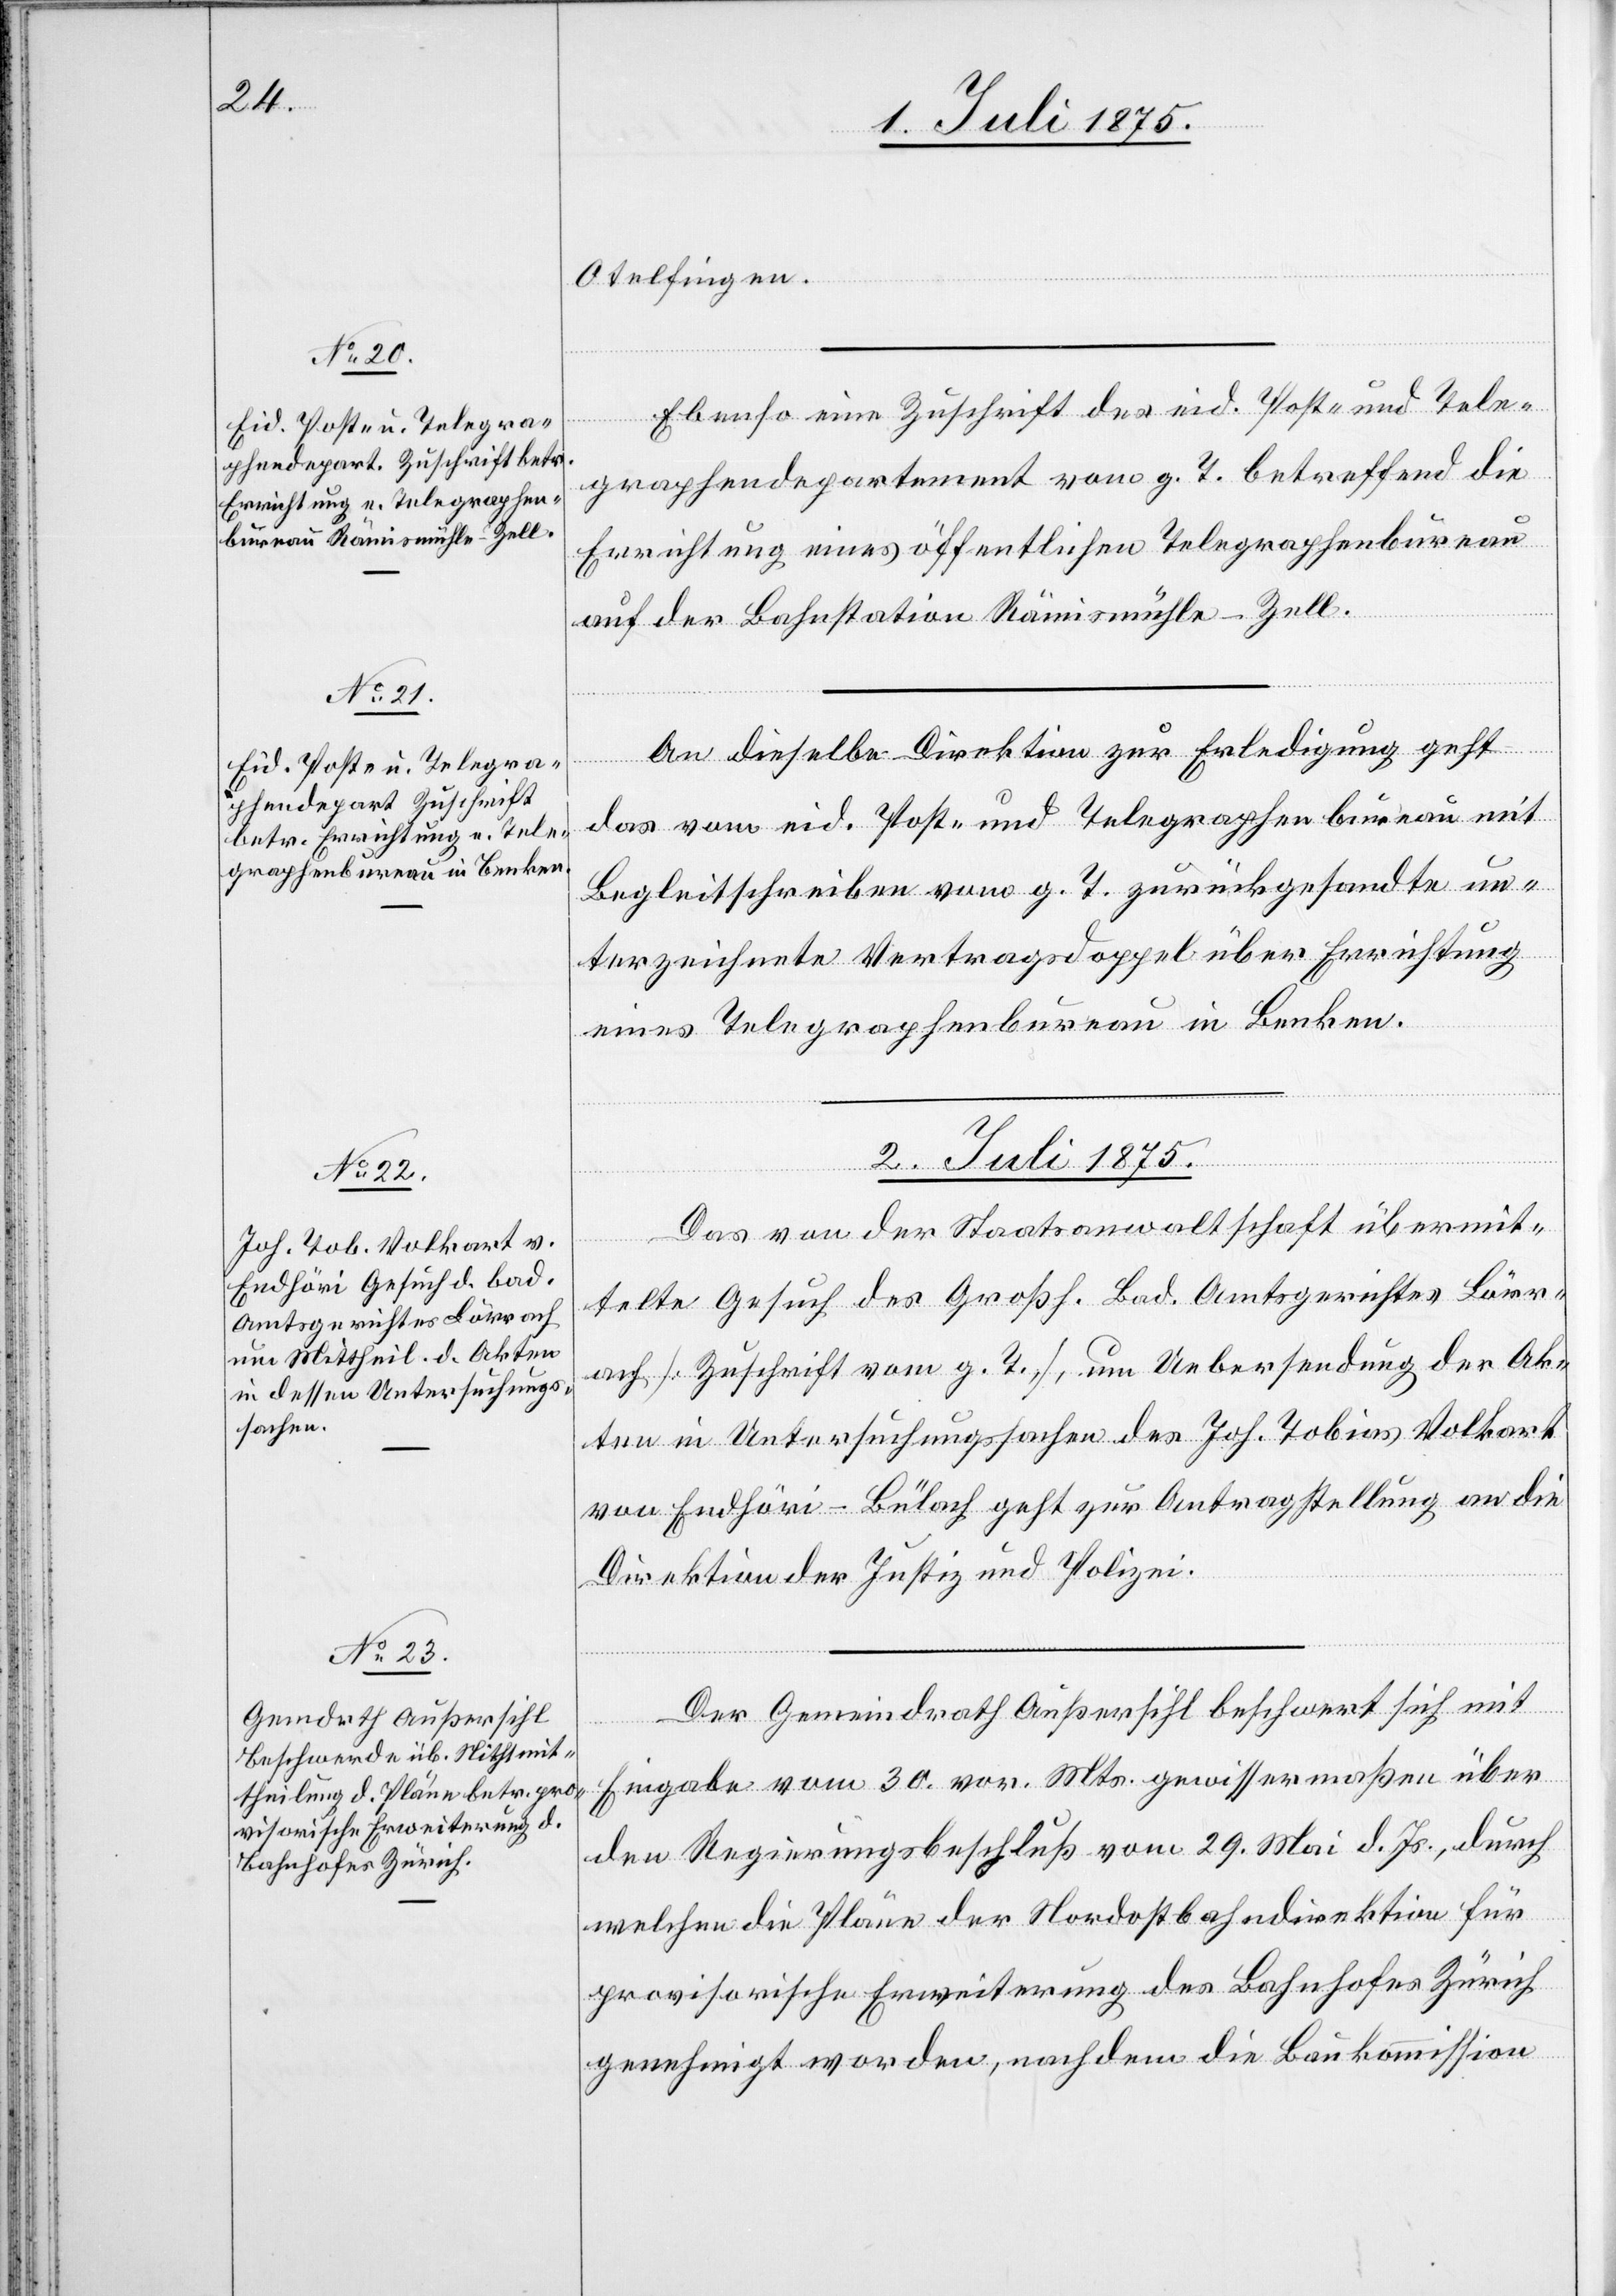
1. Juli 1875.]
Otelfingen.
Ebenso eine Zuschrift des eid. Post- und Tele¬
graphendepartement vom g. T. betreffend die
Errichtung eines öffentlichen Telegraphenbureau
auf der Bahnstation Rämismühle-Zell.
An dieselbe Direktion zur Erledigung geht
das vom eid. Post- und Telegraphenbureau mit
Begleitschreiben vom g. T. zurückgesandte un¬
terzeichnete Vertragsdoppel über Errichtung
eines Telegraphenbureau in Benken.
2. Juli 1875.]
Das von der Staatsanwaltschaft übermit¬
telte Gesuch des Großh. Bad. Amtsgerichtes Lörr¬
ach [Zuschrift vom g. T.], um Uebersendung der Ak¬
ten in Untersuchungssachen des Joh. Tobias Volkart
von Endhöri - Bülach geht zur Antragstellung an die
Direktion der Justiz und Polizei.
Der Gemeindrath Außersihl beschwert sich mit
Eingabe vom 30. vor. Mts. gewissermaßen über
den Regierungsbeschluß vom 29. Mai d. Js., durch
welchen die Pläne der Nordostbahndirektion für
provisorische Erweiterung des Bahnhofes Zürich
genehmigt worden, nachdem die Baukommission